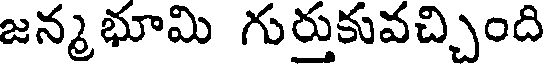
జన్మభూమి గురుకువచ్చింది